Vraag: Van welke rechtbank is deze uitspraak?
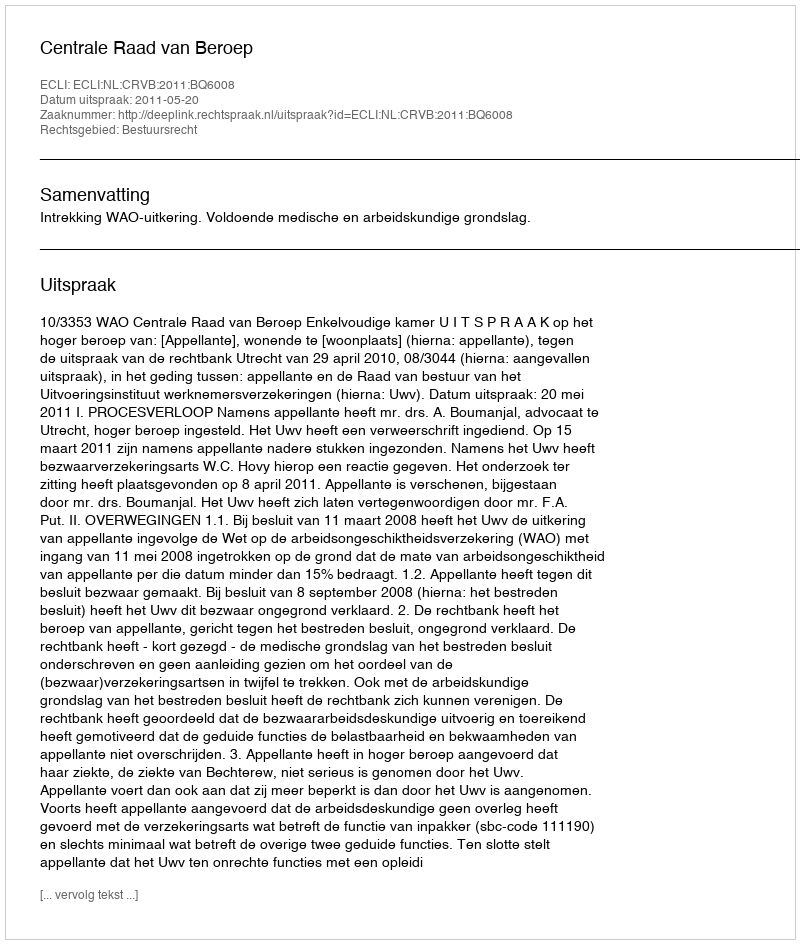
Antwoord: Centrale Raad van Beroep